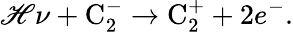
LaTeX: \mathscr{H}\nu+\textrm{{C}}_{2}^{-}\to\textrm{{C}}_{2}^{+}+2e^{-}.